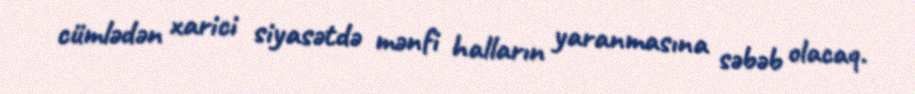
cümlədən xarici siyasətdə mənfi halların yaranmasına səbəb olacaq.